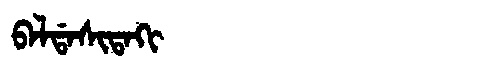
Manchu: ᠪᠠᠯᡩᠠᠰᡳᡨᠠᡴᡳ
Romanization: BALDASITAKI